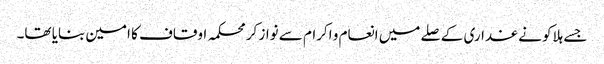
جسے ہلاکو نے غداری کے صلے میں انعام و اکرام سے نواز کر محکمہ اوقاف کا امین بنایا تھا۔